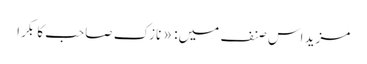
مزید اس صنف میں: « نازک صاحب کا بکرا